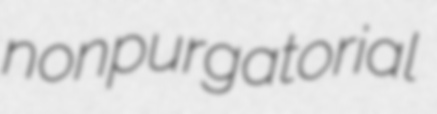
nonpurgatorial